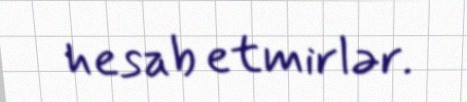
hesab etmirlər.